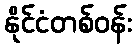
နိုင်ငံတစ်ဝန်း